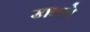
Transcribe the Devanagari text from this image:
खवणे